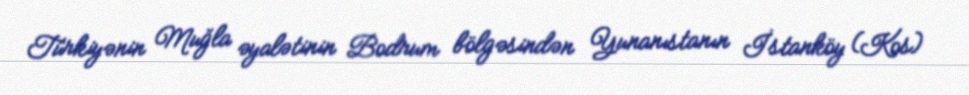
Türkiyənin Muğla əyalətinin Bodrum bölgəsindən Yunanıstanın İstanköy (Kos)